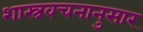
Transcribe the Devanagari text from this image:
शास्त्रवचनानुसार